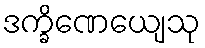
ဒက္ခိဏေယျေသု